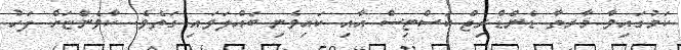
ކަމުގައިވާ މާރތާ ޑެންޑްރިޖް ކަސްޓިސް އާއި ކައިވެނި ބައްލަވައި ގަތެވެ. ކާވެންޏަށް ފަހު